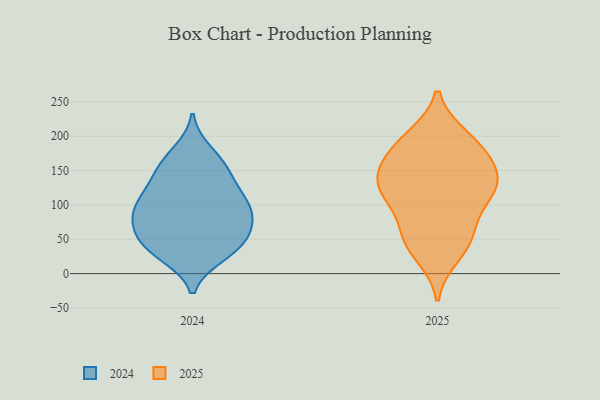
{"axis": {"x": "Operating Costs (USD K)", "y": "Value"}, "legend": ["2024", "2025"], "data": [{"x": "", "y": 52, "type": "2024"}, {"x": "", "y": 65, "type": "2024"}, {"x": "", "y": 66, "type": "2024"}, {"x": "", "y": 35, "type": "2024"}, {"x": "", "y": 156, "type": "2024"}, {"x": "", "y": 27, "type": "2024"}, {"x": "", "y": 96, "type": "2024"}, {"x": "", "y": 85, "type": "2024"}, {"x": "", "y": 90, "type": "2024"}, {"x": "", "y": 110, "type": "2024"}, {"x": "", "y": 112, "type": "2024"}, {"x": "", "y": 44, "type": "2024"}, {"x": "", "y": 85, "type": "2024"}, {"x": "", "y": 31, "type": "2024"}, {"x": "", "y": 177, "type": "2024"}, {"x": "", "y": 159, "type": "2024"}, {"x": "", "y": 144, "type": "2024"}, {"x": "", "y": 123, "type": "2024"}, {"x": "", "y": 123, "type": "2025"}, {"x": "", "y": 47, "type": "2025"}, {"x": "", "y": 124, "type": "2025"}, {"x": "", "y": 159, "type": "2025"}, {"x": "", "y": 28, "type": "2025"}, {"x": "", "y": 175, "type": "2025"}, {"x": "", "y": 173, "type": "2025"}, {"x": "", "y": 117, "type": "2025"}, {"x": "", "y": 134, "type": "2025"}, {"x": "", "y": 136, "type": "2025"}, {"x": "", "y": 196, "type": "2025"}, {"x": "", "y": 198, "type": "2025"}, {"x": "", "y": 59, "type": "2025"}, {"x": "", "y": 104, "type": "2025"}, {"x": "", "y": 57, "type": "2025"}]}